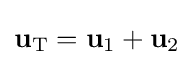
\mathbf {u} _{\text{T}}=\mathbf {u} _{1}+\mathbf {u} _{2}